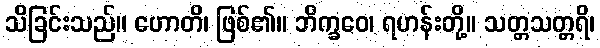
သိခြင်းသည်။ ဟောတိ၊ ဖြစ်၏။ ဘိက္ခဝေ၊ ရဟန်းတို့။ သတ္တသတ္တရိ၊